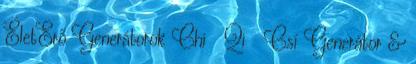
ÉletErő Generátorok Chi Qi Csí Generátor &